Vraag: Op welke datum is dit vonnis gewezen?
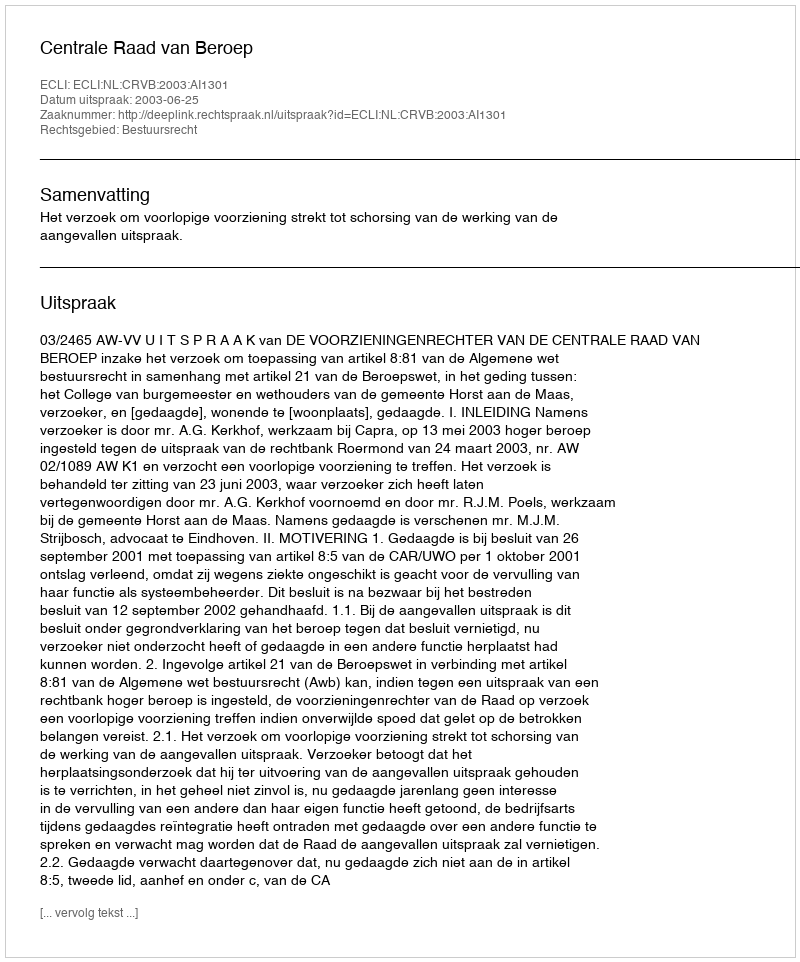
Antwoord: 2003-06-25